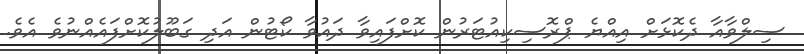
ސިލްވާއާ ދެކޮޅަށް އިއްޔެ ޕްރޮސިކިއުޓަރުން ކޮށްފައިވާ ދައުވާ ކޯޓުން އަދި ގަބޫލުކޮށްފައެއްނުވެ އެވެ.